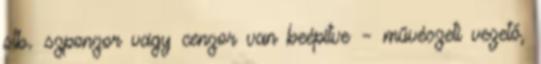
stb. szponzor vagy cen­zor van be­építve – művészeti vezető,